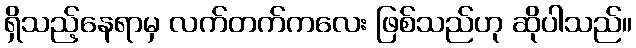
ရှိသည့်နေရာမှ လက်တက်ကလေး ဖြစ်သည်ဟု ဆိုပါသည်။